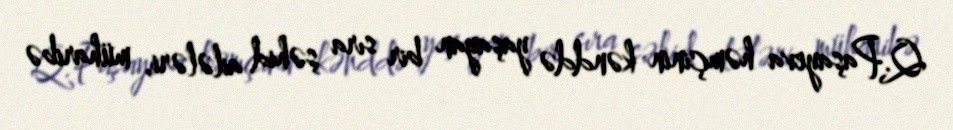
Q.Paşayeva həmçinin kənddə yaşayan bir sıra şəhid ailələri, müharibə